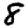
Digit: 8